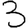
Digit: 3